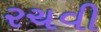
રચવી